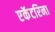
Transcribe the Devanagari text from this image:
एकॅटरिना